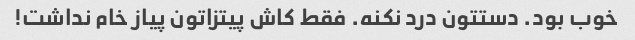
خوب بود. دستتون درد نکنه. فقط کاش پیتزاتون پیاز خام نداشت!